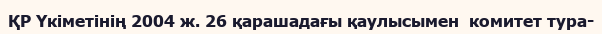
ҚР Үкіметінің 2004 ж. 26 қарашадағы қаулысымен  комитет тура-